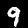
Digit: 9